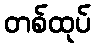
တစ်ထုပ်